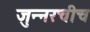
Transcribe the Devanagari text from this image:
जुन्‍नरचीच